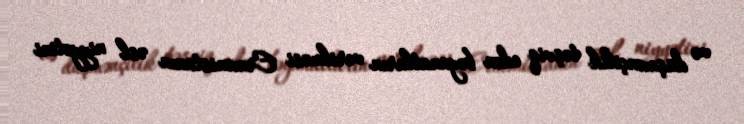
və düşmənçilik təşviq edən bəyanatların verilməsi Ermənistanın əsl niyyətini